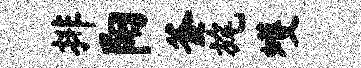
排阳釜旄蠖